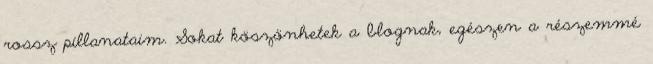
rossz pillanataim. Sokat köszönhetek a blognak, egészen a részemmé